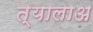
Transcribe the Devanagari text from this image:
त्यालाअ